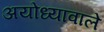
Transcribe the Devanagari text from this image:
अयोध्यावाले